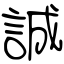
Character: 誠